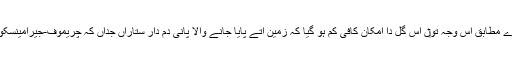
سائنس داناں دے مطابق اس وجہ تو‏ں اس گل دا امکان کافی کم ہو گیا کہ زمین اُتے پایا جانے والا پانی دم دار ستاراں جداں کہ چریموف-جیرامینسکو تو‏ں آیا ہوئے۔